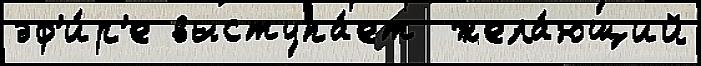
эф'и́р'е выступа́ет  жела́ющий